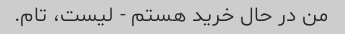
من در حال خرید هستم - لیست، تام.